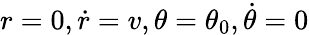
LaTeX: r=0,{\dot{r}}=v,\theta=\theta_{0},{\dot{\theta}}=0